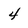
Character: 4